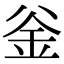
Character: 釡